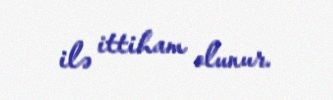
ilə ittiham olunur.